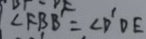
\angle F B B = \angle D ^ { \prime } D E